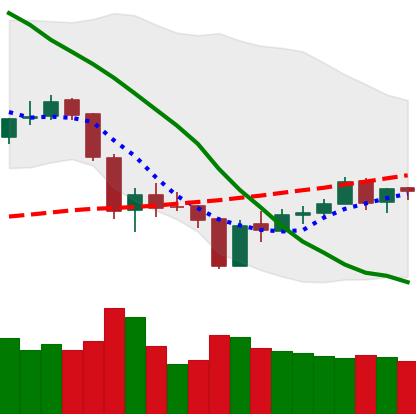
Ticker: ETH-USD
Chart end date: 2018-06-06
Forward return: -12.162%
Label: down_7plus